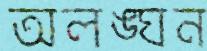
অলঙ্ঘন